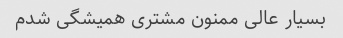
بسیار عالی ممنون مشتری همیشگی شدم